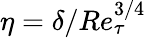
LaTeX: \eta=\delta/Re_{\tau}^{3/4}